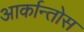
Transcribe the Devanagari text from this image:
आर्कान्तोस